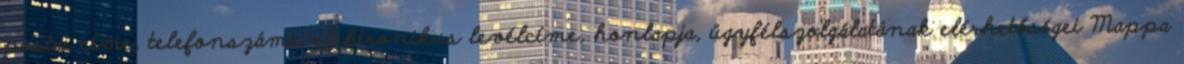
postai címe, telefonszáma, elektronikus levélcíme, honlapja, ügyfélszolgálatának elérhetőségei Mappa